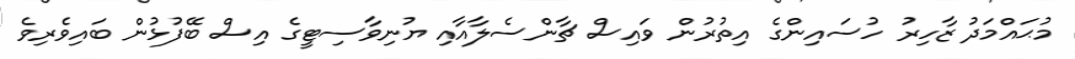
މުޙައްމަދު ޒާހިރު ހުސައިންގެ އިތުރުން ވައިސް ޗާންސެލާއާއި ޔުނިވާސިޓީގެ އިސް ބޭފުޅުން ބައިވެރިވެ